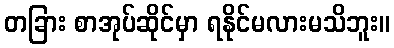
တခြား စာအုပ်ဆိုင်မှာ ရနိုင်မလားမသိဘူး။